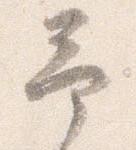
予